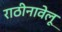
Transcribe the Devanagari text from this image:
राठीनावेलू